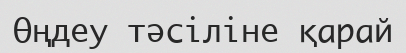
Өңдеу тәсіліне қарай